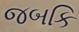
જબકિ